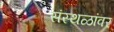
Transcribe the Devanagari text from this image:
संस्थळांवर